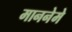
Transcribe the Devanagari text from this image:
माननेमे